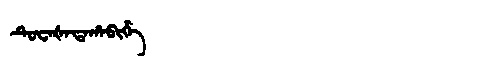
Manchu: ᡨᡠᠸᠠᡧᠠᡨᠠᡥᠠᠪᡳᡥᡝ
Romanization: TUWAŠATAHABIHE